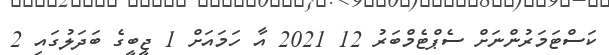
ކަސްޓަމަރުންނަށް ސެޕްޓެމްބަރު 12 2021 އާ ހަމައަށް 1 ޖީބީގެ ބަދަލުގައި 2